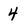
Character: 4